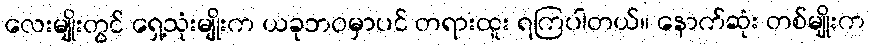
လေးမျိုးတွင် ရှေ့သုံးမျိုးက ယခုဘဝမှာပင် တရားထူး ရကြပါတယ်။ နောက်ဆုံး တစ်မျိုးက